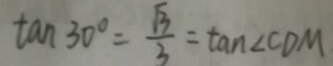
\tan 3 0 ^ { \circ } = \frac { \sqrt { 3 } } { 3 } = \tan \angle C D M